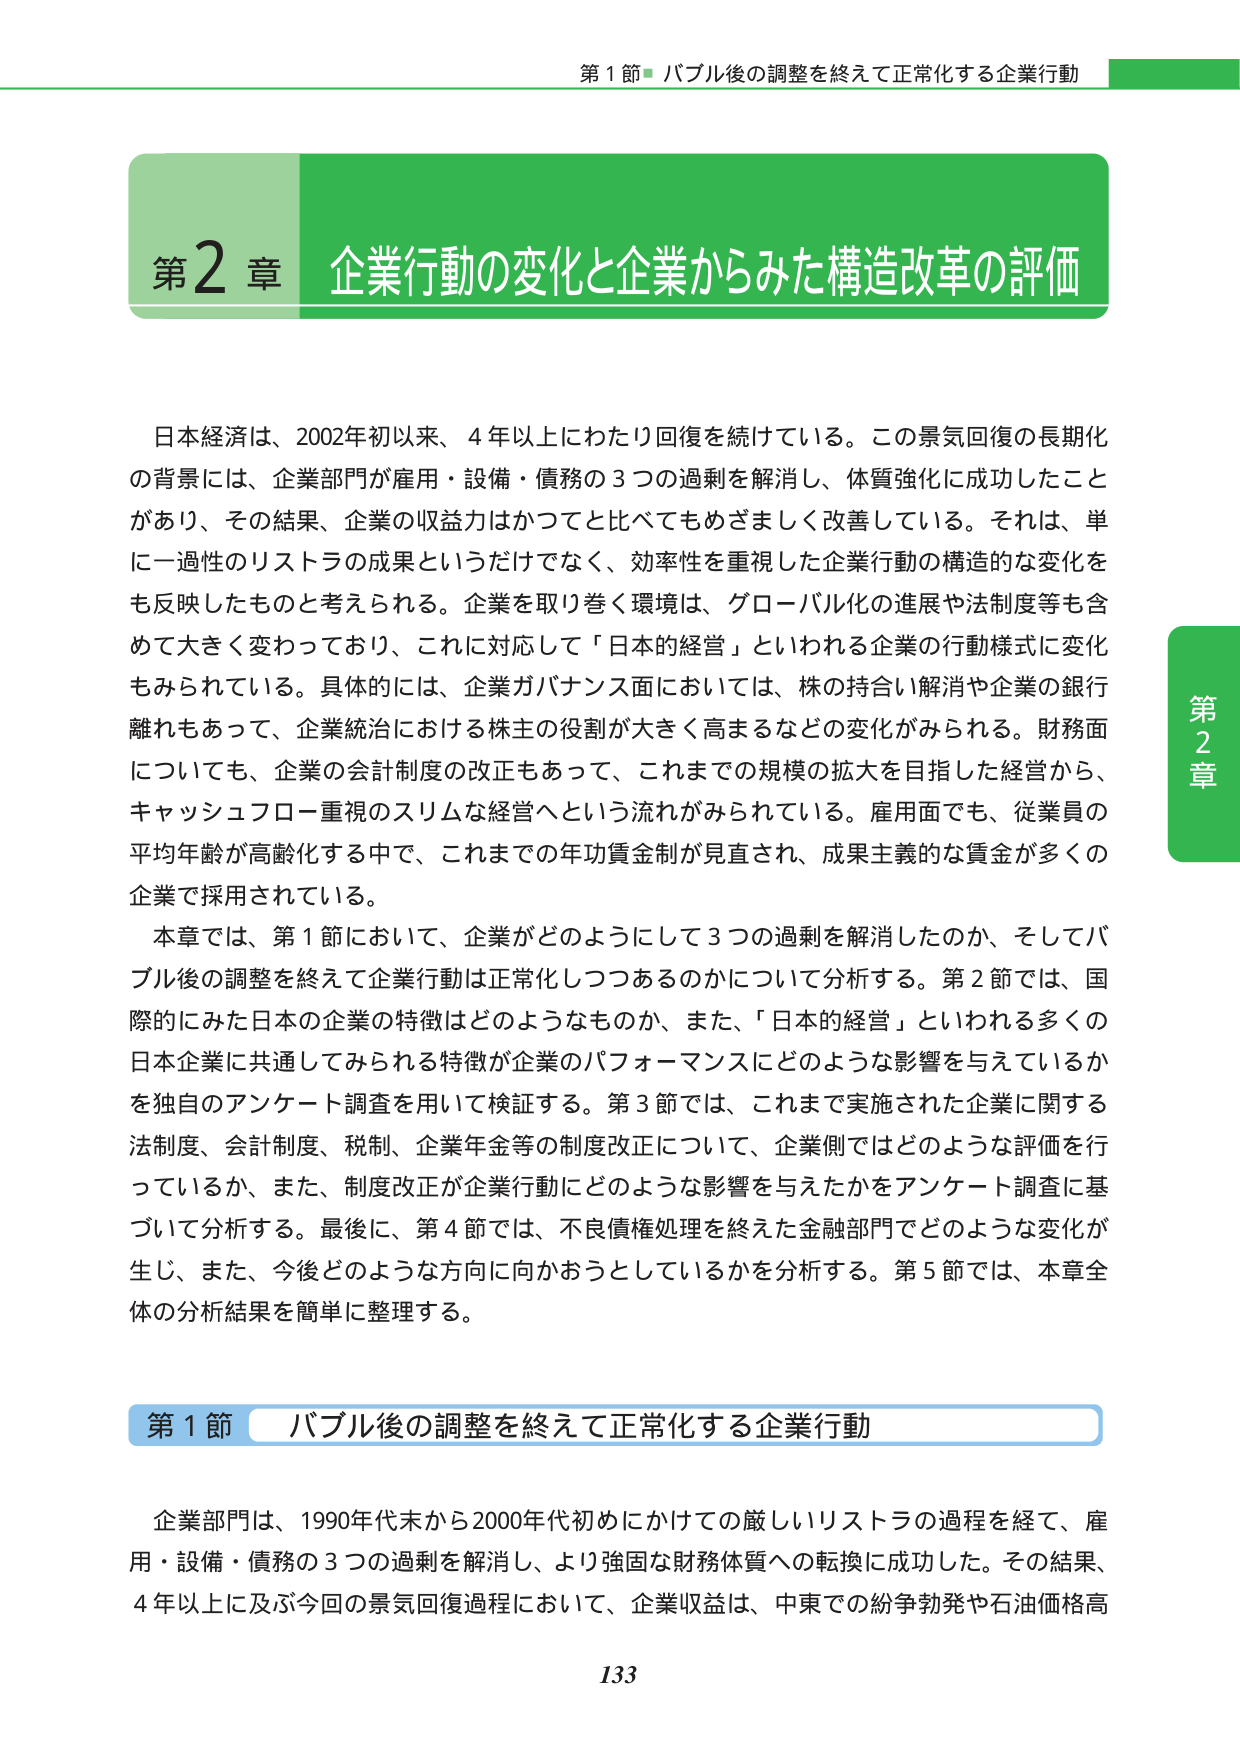
第1節 バブル後の調整を終えて正常化する企業行動

第2章 企業行動の変化と企業からみた構造改革の評価

日本経済は、2002年初以来、4年以上にわたり回復を続けている。この景気回復の長期化の背景には、企業部門が雇用・設備・債務の3つの過剰を解消し、体質強化に成功したことがあり、その結果、企業の収益力はかつてと比べてもめざましく改善している。それは、単に一過性のリストラの成果というだけでなく、効率性を重視した企業行動の構造的な変化をも反映したものと考えられる。企業を取り巻く環境は、グローバル化の進展や法制度等も含めて大きく変わっており、これに対応して「日本の経営」といわれる企業の行動様式に変化もみられている。具体的には、企業がバランス面においては、株の持合い解消や企業の銀行離れもあって、企業統治における株主の役割が大きく高まるなどの変化がみられる。財務面についても、企業の会計制度の改正もあって、これまでの規模の拡大を目指した経営から、キャッシュフロー重視のスリムな経営へという流れがみられている。雇用面でも、従業員の平均年齢が高齢化する中で、これまでの年功賃金制が見直され、成果主義的な賃金が多くの企業で採用されている。

本章では、第1節において、企業がどのようにして3つの過剰を解消したのか、そしてバブル後の調整を終えて企業行動は正常化しつつあるのかについて分析する。第2節では、国際的にみた日本の企業の特徴はどのようなものか、また、「日本の経営」といわれる多くの日本企業に共通してみられる特徴が企業のパフォーマンスにどのような影響を与えているかを独自のアンケート調査を用いて検証する。第3節では、これまで実施された企業に関する法制度、会計制度、税制、企業年金等の制度改正について、企業側ではどのような評価を行っているか、また、制度改正が企業行動にどのような影響を与えたかをアンケート調査に基づいて分析する。最後に、第4節では、不良債権処理を終えた金融部門でどのような変化が生じ、また、今後どのような方向に向かおうとしているかを分析する。第5節では、本章全体の分析結果を簡単に整理する。

第1節 バブル後の調整を終えて正常化する企業行動

企業部門は、1990年代末から2000年代初めにかけての厳しいリストラの過程を経て、雇用・設備・債務の3つの過剰を解消し、より強固な財務体質への転換に成功した。その結果、4年以上に及ぶ今回の景気回復過程において、企業収益は、中東での紛争勃発や石油価格高

133

第2章